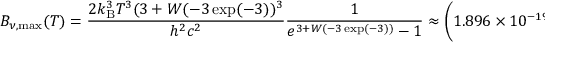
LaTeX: B _ { \nu , { \mathrm { m a x } } } ( T ) = { \frac { 2 k _ { \mathrm { B } } ^ { 3 } T ^ { 3 } ( 3 + W ( - 3 \exp ( - 3 ) ) ^ { 3 } } { h ^ { 2 } c ^ { 2 } } } { \frac { 1 } { e ^ { 3 + W ( - 3 \exp ( - 3 ) ) } - 1 } } \approx \left( 1 . 8 9 6 \times 1 0 ^ { - 1 9 } { \frac { \mathrm { W } } { { \mathrm { m } } ^ { 2 } \cdot { \mathrm { H z } } \cdot { \mathrm { K } } ^ { 3 } } } \right) \times T ^ { 3 }